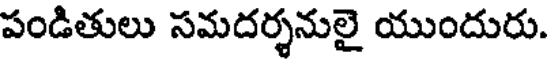
పండితులు సమదర్శనులై యుందురు.